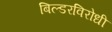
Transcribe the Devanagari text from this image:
बिल्डरविरोधी